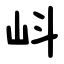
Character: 㞳